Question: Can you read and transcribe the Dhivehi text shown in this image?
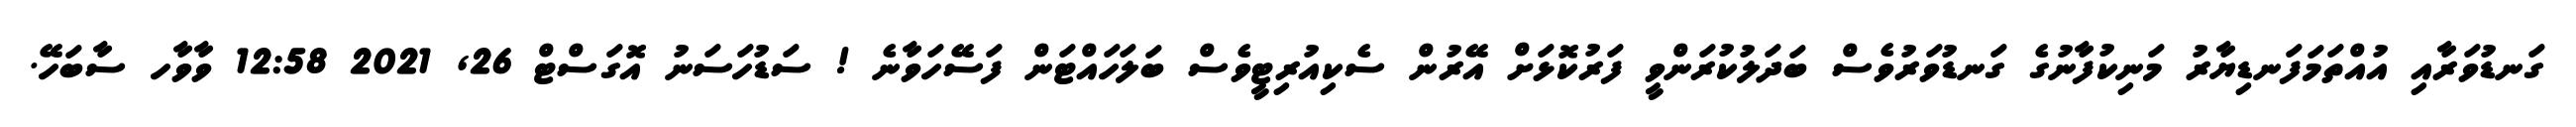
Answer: ގަނޑުވަރާއި އުއްތަމަފަނޑިޔާރު މަނިކުފާނުގެ ގަނޑުވަރުވެސް ބަދަލުކުރަންވީ ފަރުކޮޅަށް އޭރުން ސެކިއުރިޓީވެސް ބަލަހައްޓަން ފަސޭހަވާނެ ! ސަޑުހަސަނު އޮގަސްޓް 26, 2021 12:58 ވާވާހ ސާބަހޭ.